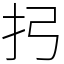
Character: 㧈